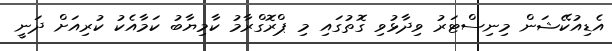
އެޑިއުކޭޝަން މިނިސްޓަރު ވިދާޅުވި ގޮތުގައި މި ޕްރޮގްރާމު ކާމިޔާބު ކަމާއެކު ކުރިއަށް ދަނީ